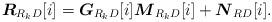
LaTeX: \begin{align*}{\boldsymbol R}_{R_{k}D}[i] = {\boldsymbol G}_{R_kD}[i]{\boldsymbol M}_{R_{k}D}[i] + {\boldsymbol N}_{RD}[i].\end{align*}